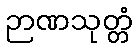
ဉာဏသုတ္တံ